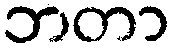
ဘတာ